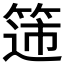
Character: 𬕟